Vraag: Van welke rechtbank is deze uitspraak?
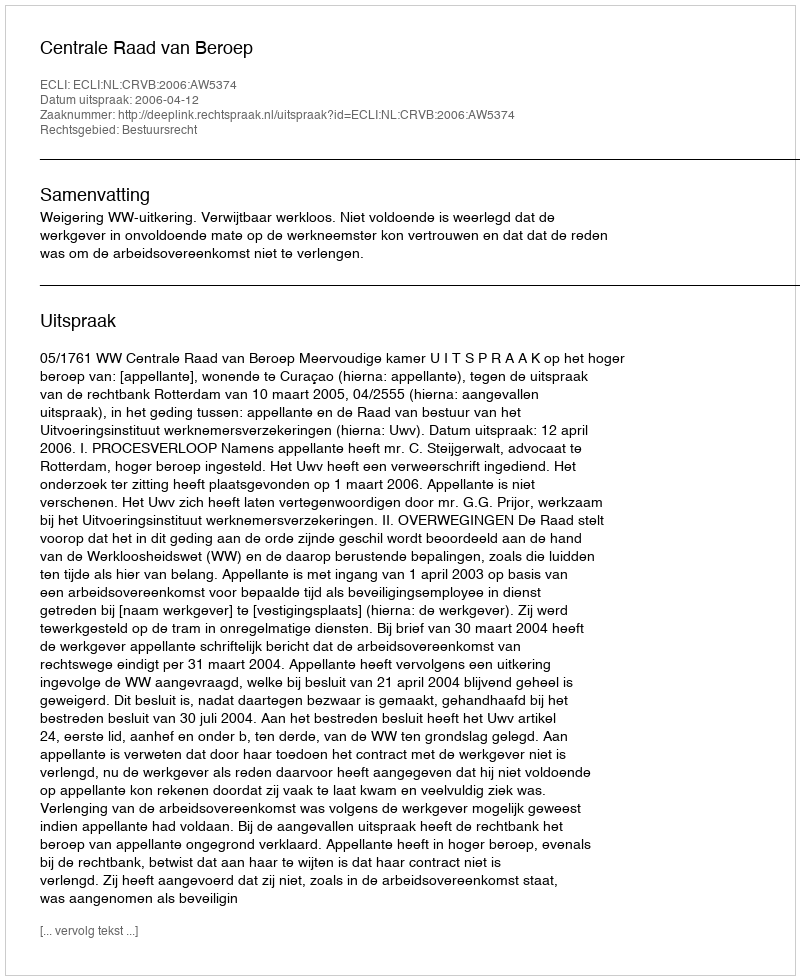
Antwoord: Centrale Raad van Beroep